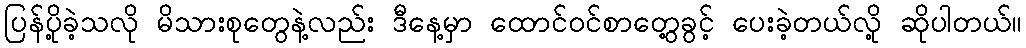
ပြန်ပို့ခဲ့သလို မိသားစုတွေနဲ့လည်း ဒီနေ့မှာ ထောင်ဝင်စာတွေ့ခွင့် ပေးခဲ့တယ်လို့ ဆိုပါတယ်။